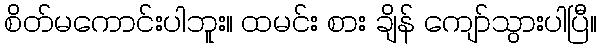
စိတ်မကောင်းပါဘူး။ ထမင်း စား ချိန် ကျော်သွားပါပြီ။